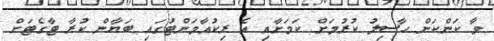
ވާ ކަންކަން ހާސިލު ކުރުމަށް ކަމަށާއި އެ ރިކުއާމަންޓުގައި ބަޔާން ކުރާ ޓާގެޓަށް